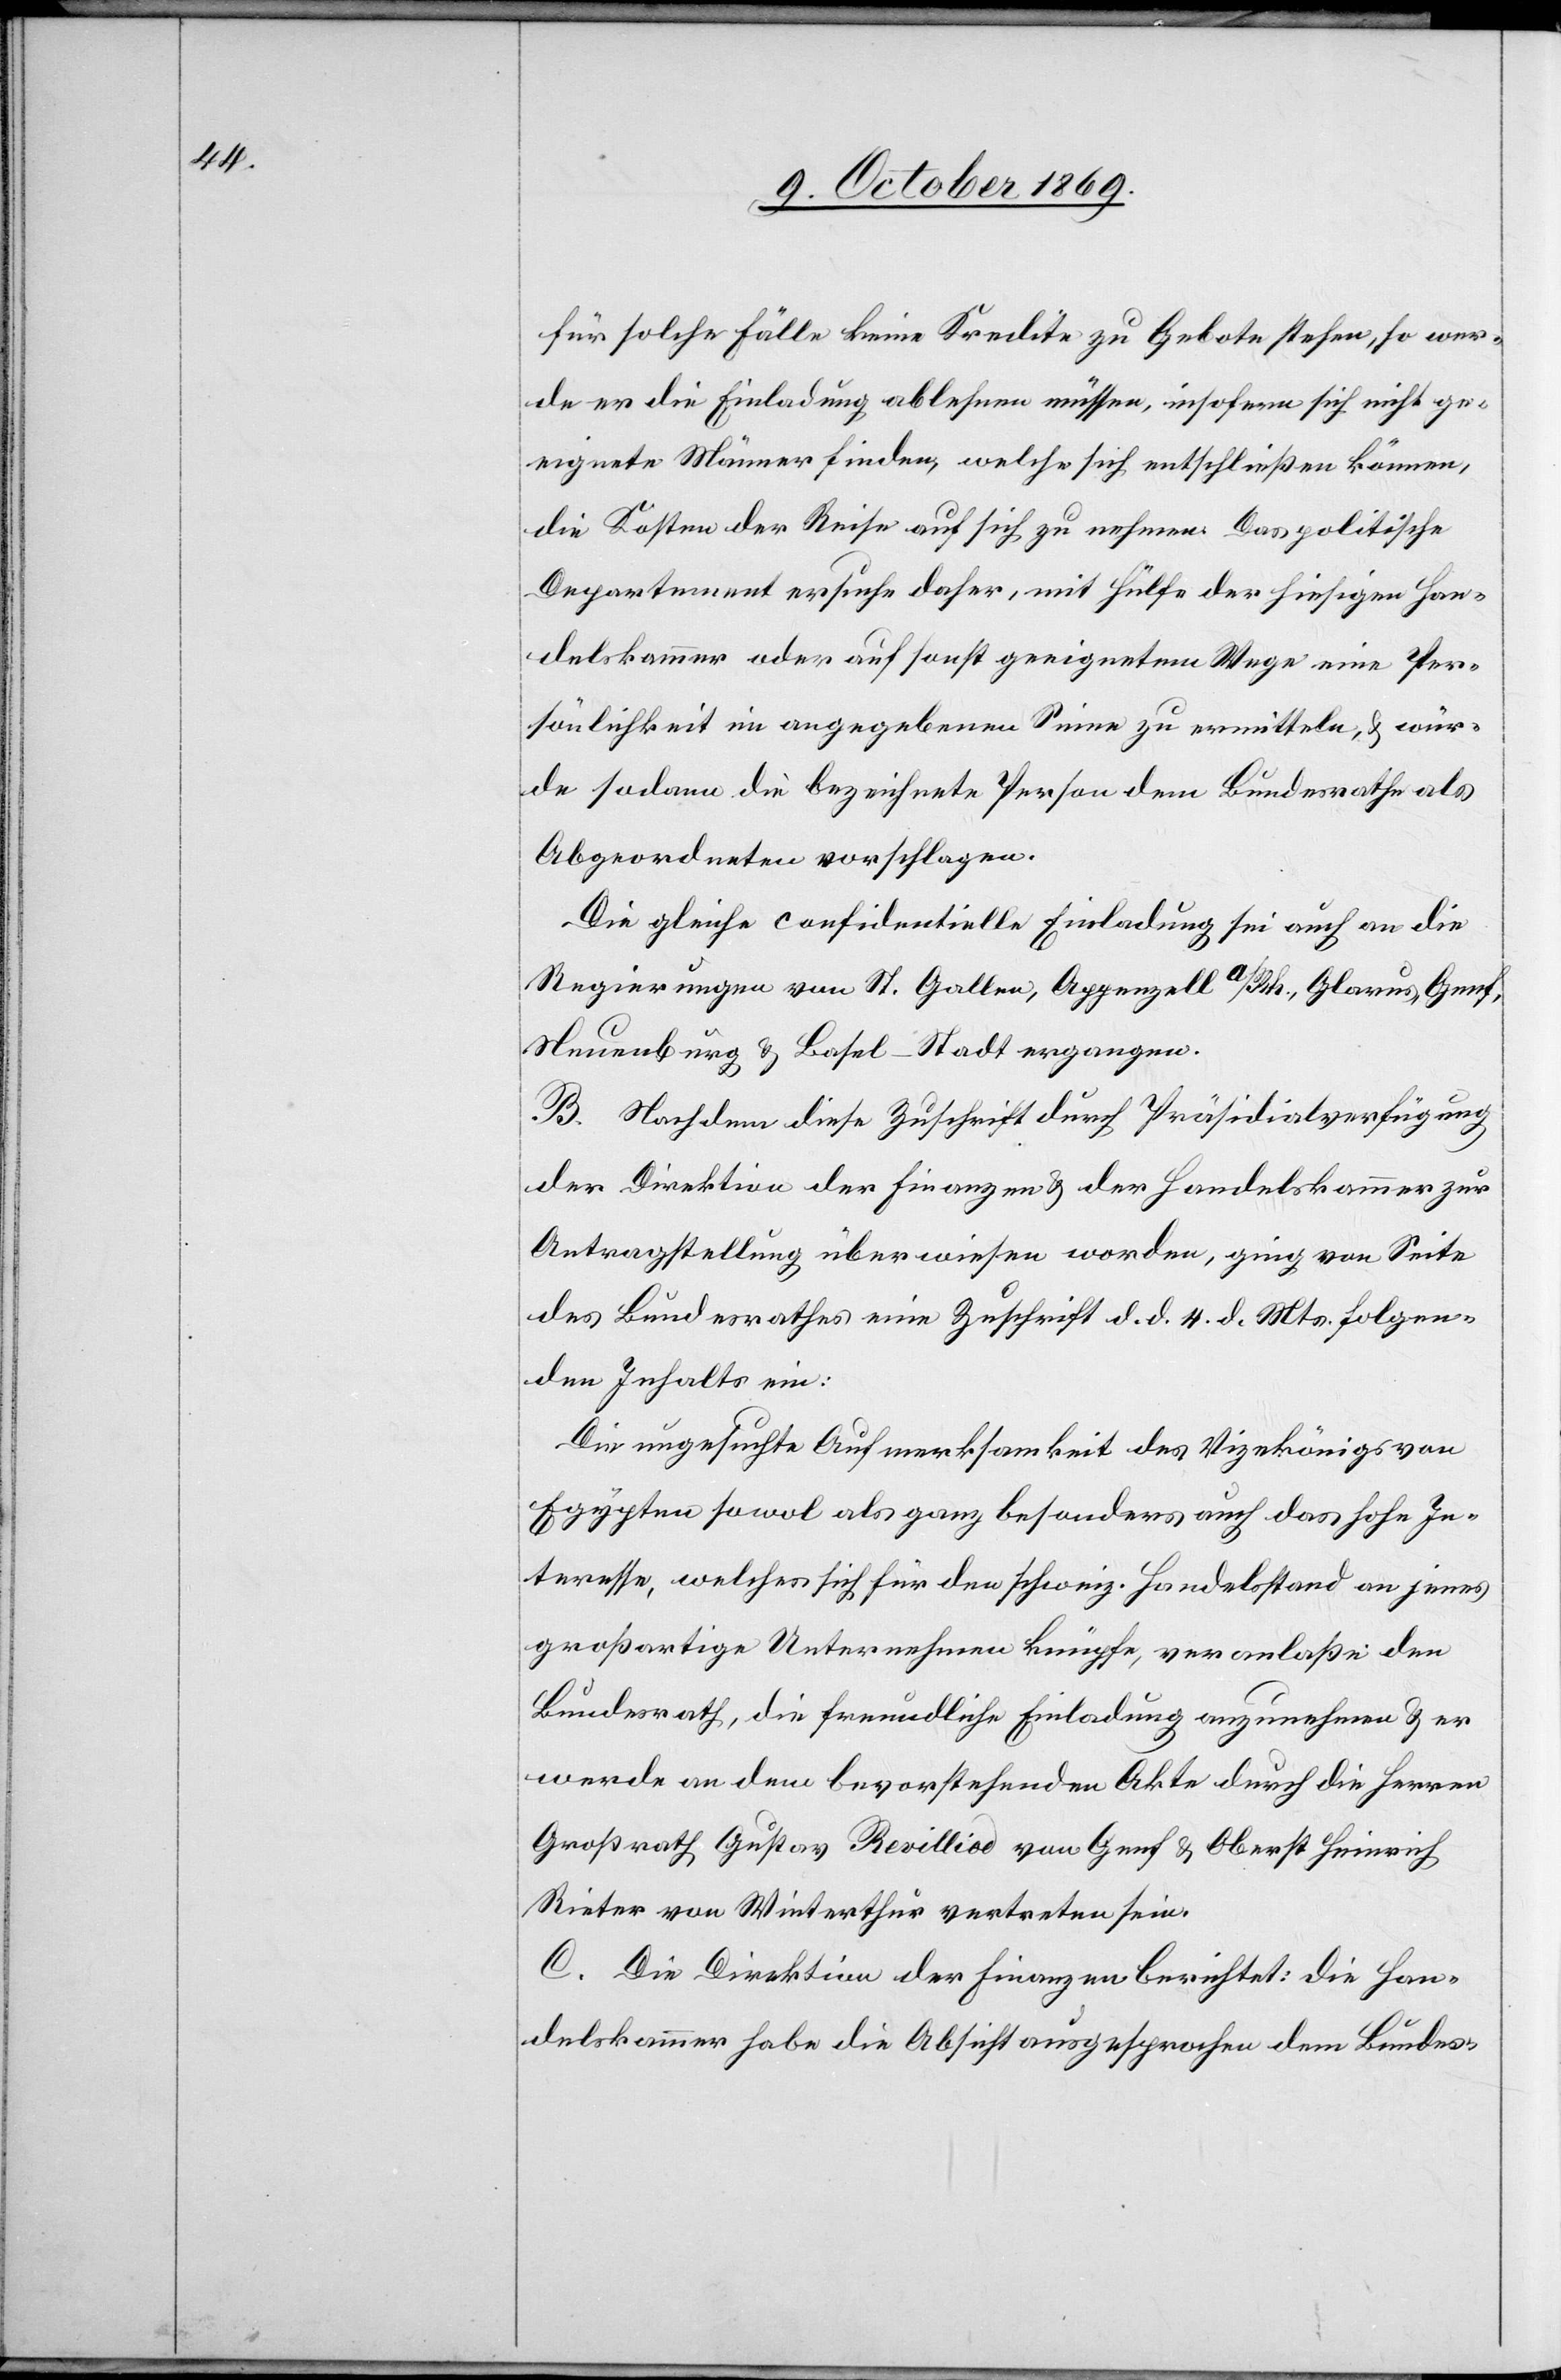
für solche Fälle keine Kredite zu Gebote stehen, so wer¬
de er die Einladung ablehnen müssen, insofern sich nicht ge¬
eignete Männer finden, welche sich entschließen können,
die Kosten der Reise auf sich zu nehmen. Das politische
Departement ersuche daher, mit Hülfe der hiesigen Han¬
delskammer oder auf sonst geeignetem Wege eine Per¬
sönlichkeit im angegebenen Sinne zu ermitteln, & wür¬
de sodann die bezeichnete Person dem Bundesrathe als
Abgeordneten vorschlagen.
Die gleiche confidentielle Einladung sei auch an die
Regierungen von St. Gallen, Appenzell a/Rh., Glarus, Genf,
Neuenburg & Basel-Stadt ergangen.
B. Nachdem diese Zuschrift durch Präsidialverfügung
der Direktion der Finanzen & der Handelskammer zur
Antragstellung überwiesen worden, ging von Seite
des Bundesrathes eine Zuschrift d. d. 4. d. Mts. folgen¬
den Inhalts ein:
Die ungesuchte Aufmerksamkeit des Vizekönigs von
Egypten sowol als ganz besonders auch das hohe In¬
teresse, welches sich für den schweiz. Handelsstand an jenes
großartige Unternehmen knüpfe, veranlaße den
Bundesrath, die freundliche Einladung anzunehmen & er
werde an dem bevorstehenden Akte durch die Herren
Großrath Gustav Revilliod von Genf & Oberst Heinrich
Rieter von Winterthur vertreten sein.
C. Die Direktion der Finanzen berichtet: Die Han¬
delskammer habe die Absicht ausgesprochen dem Bundes-